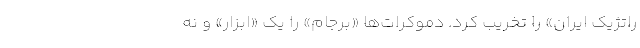
راتژیک ایران» را تخریب کرد. دموکرات‌ها «برجام» را یک «ابزار» و نه